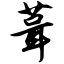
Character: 葺